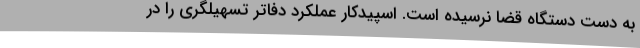
به دست دستگاه قضا نرسیده است. اسپیدکار عملکرد دفاتر تسهیلگری را در